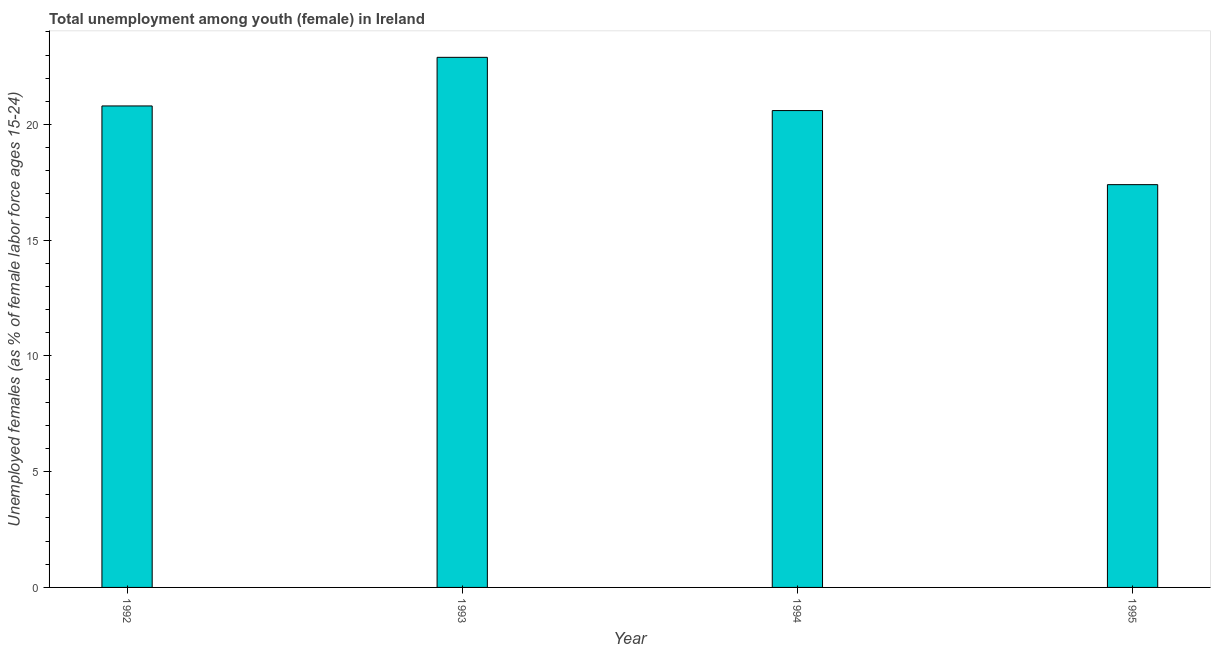
| Year | Unemployment |
 | --- | --- |
 | 1992 | 20.8 |
 | 1993 | 22.9 |
 | 1994 | 20.6 |
 | 1995 | 17.4 |